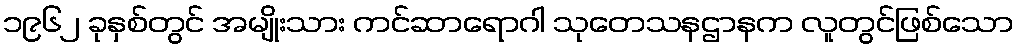
၁၉၆၂ ခုနှစ်တွင် အမျိုးသား ကင်ဆာရောဂါ သုတေသနဌာနက လူတွင်ဖြစ်သော